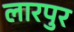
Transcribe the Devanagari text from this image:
लारपुर